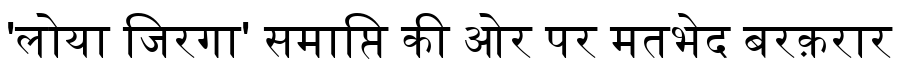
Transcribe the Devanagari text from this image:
'लोया जिरगा' समाप्ति की ओर पर मतभेद बरक़रार